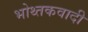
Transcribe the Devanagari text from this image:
भोथ्तकवादी